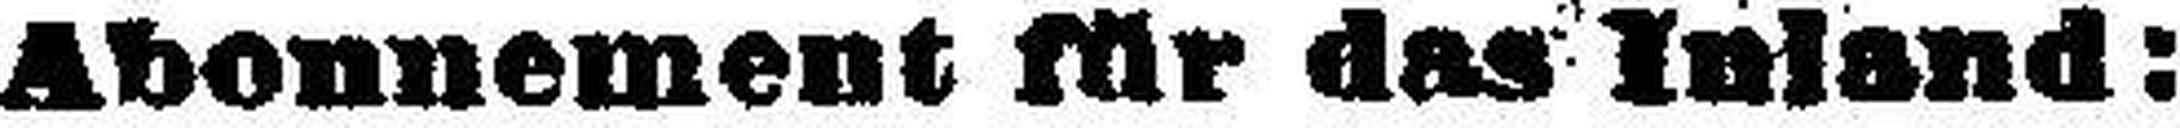
Abonnement für das Inland: